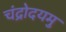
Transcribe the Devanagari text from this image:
चंद्रोदयमु